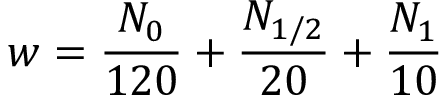
w = \frac { N _ { 0 } } { 1 2 0 } + \frac { N _ { 1 / 2 } } { 2 0 } + \frac { N _ { 1 } } { 1 0 }